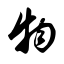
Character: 物